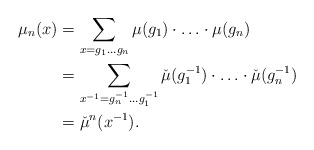
\begin{align*}\mu_n(x) &= \sum_{x=g_1\ldots g_n} \mu(g_1) \cdot \ldots \cdot \mu(g_n) \\&= \sum_{x^{-1}=g^{-1}_n \ldots g^{-1}_1} \check{\mu}(g_1^{-1})\cdot \ldots \cdot \check{\mu}(g_n^{-1}) \\&= \check\mu ^n(x^{-1}).\end{align*}